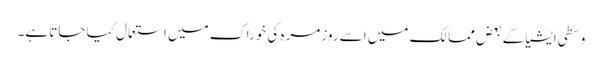
وسطی ایشیا کے بعض ممالک میں اسے روزمرہ کی خوراک میں استعمال کیا جاتا ہے۔